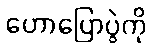
ဟောပြောပွဲကို